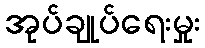
အုပ်ချုပ်ရေးမှုး